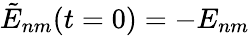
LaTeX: \tilde{E}_{nm}(t=0)=-E_{nm}